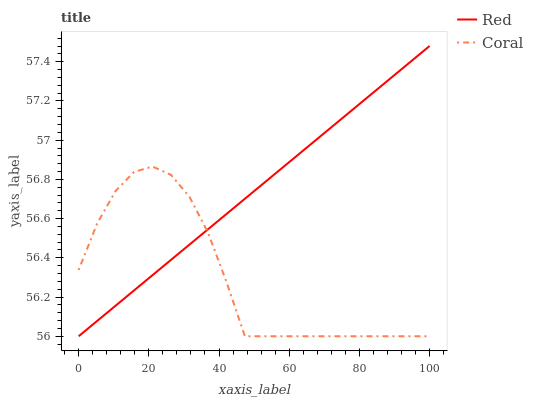
| xaxis_label | Red | Coral |
 | --- | --- | --- |
 | 0 | 56 | 56.3 |
 | 5.26 | 56.1 | 56.6 |
 | 10.5 | 56.2 | 56.7 |
 | 15.8 | 56.2 | 56.8 |
 | 21.1 | 56.3 | 56.9 |
 | 26.3 | 56.4 | 56.8 |
 | 31.6 | 56.5 | 56.7 |
 | 36.8 | 56.5 | 56.5 |
 | 42.1 | 56.6 | 56.3 |
 | 47.4 | 56.7 | 56 |
 | 52.6 | 56.8 | 56 |
 | 57.9 | 56.9 | 56 |
 | 63.2 | 56.9 | 56 |
 | 68.4 | 57 | 56 |
 | 73.7 | 57.1 | 56 |
 | 78.9 | 57.2 | 56 |
 | 84.2 | 57.2 | 56 |
 | 89.5 | 57.3 | 56 |
 | 94.7 | 57.4 | 56 |
 | 100 | 57.5 | 56 |